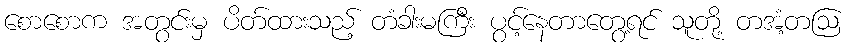
စောစောက အတွင်းမှ ပိတ်ထားသည့် တံခါးမကြီး ပွင့်နေတာတွေ့ရင် သူတို့ တအံ့တဩ